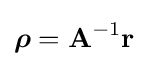
{\boldsymbol {\rho }}=\mathbf {A} ^{-1}\mathbf {r}